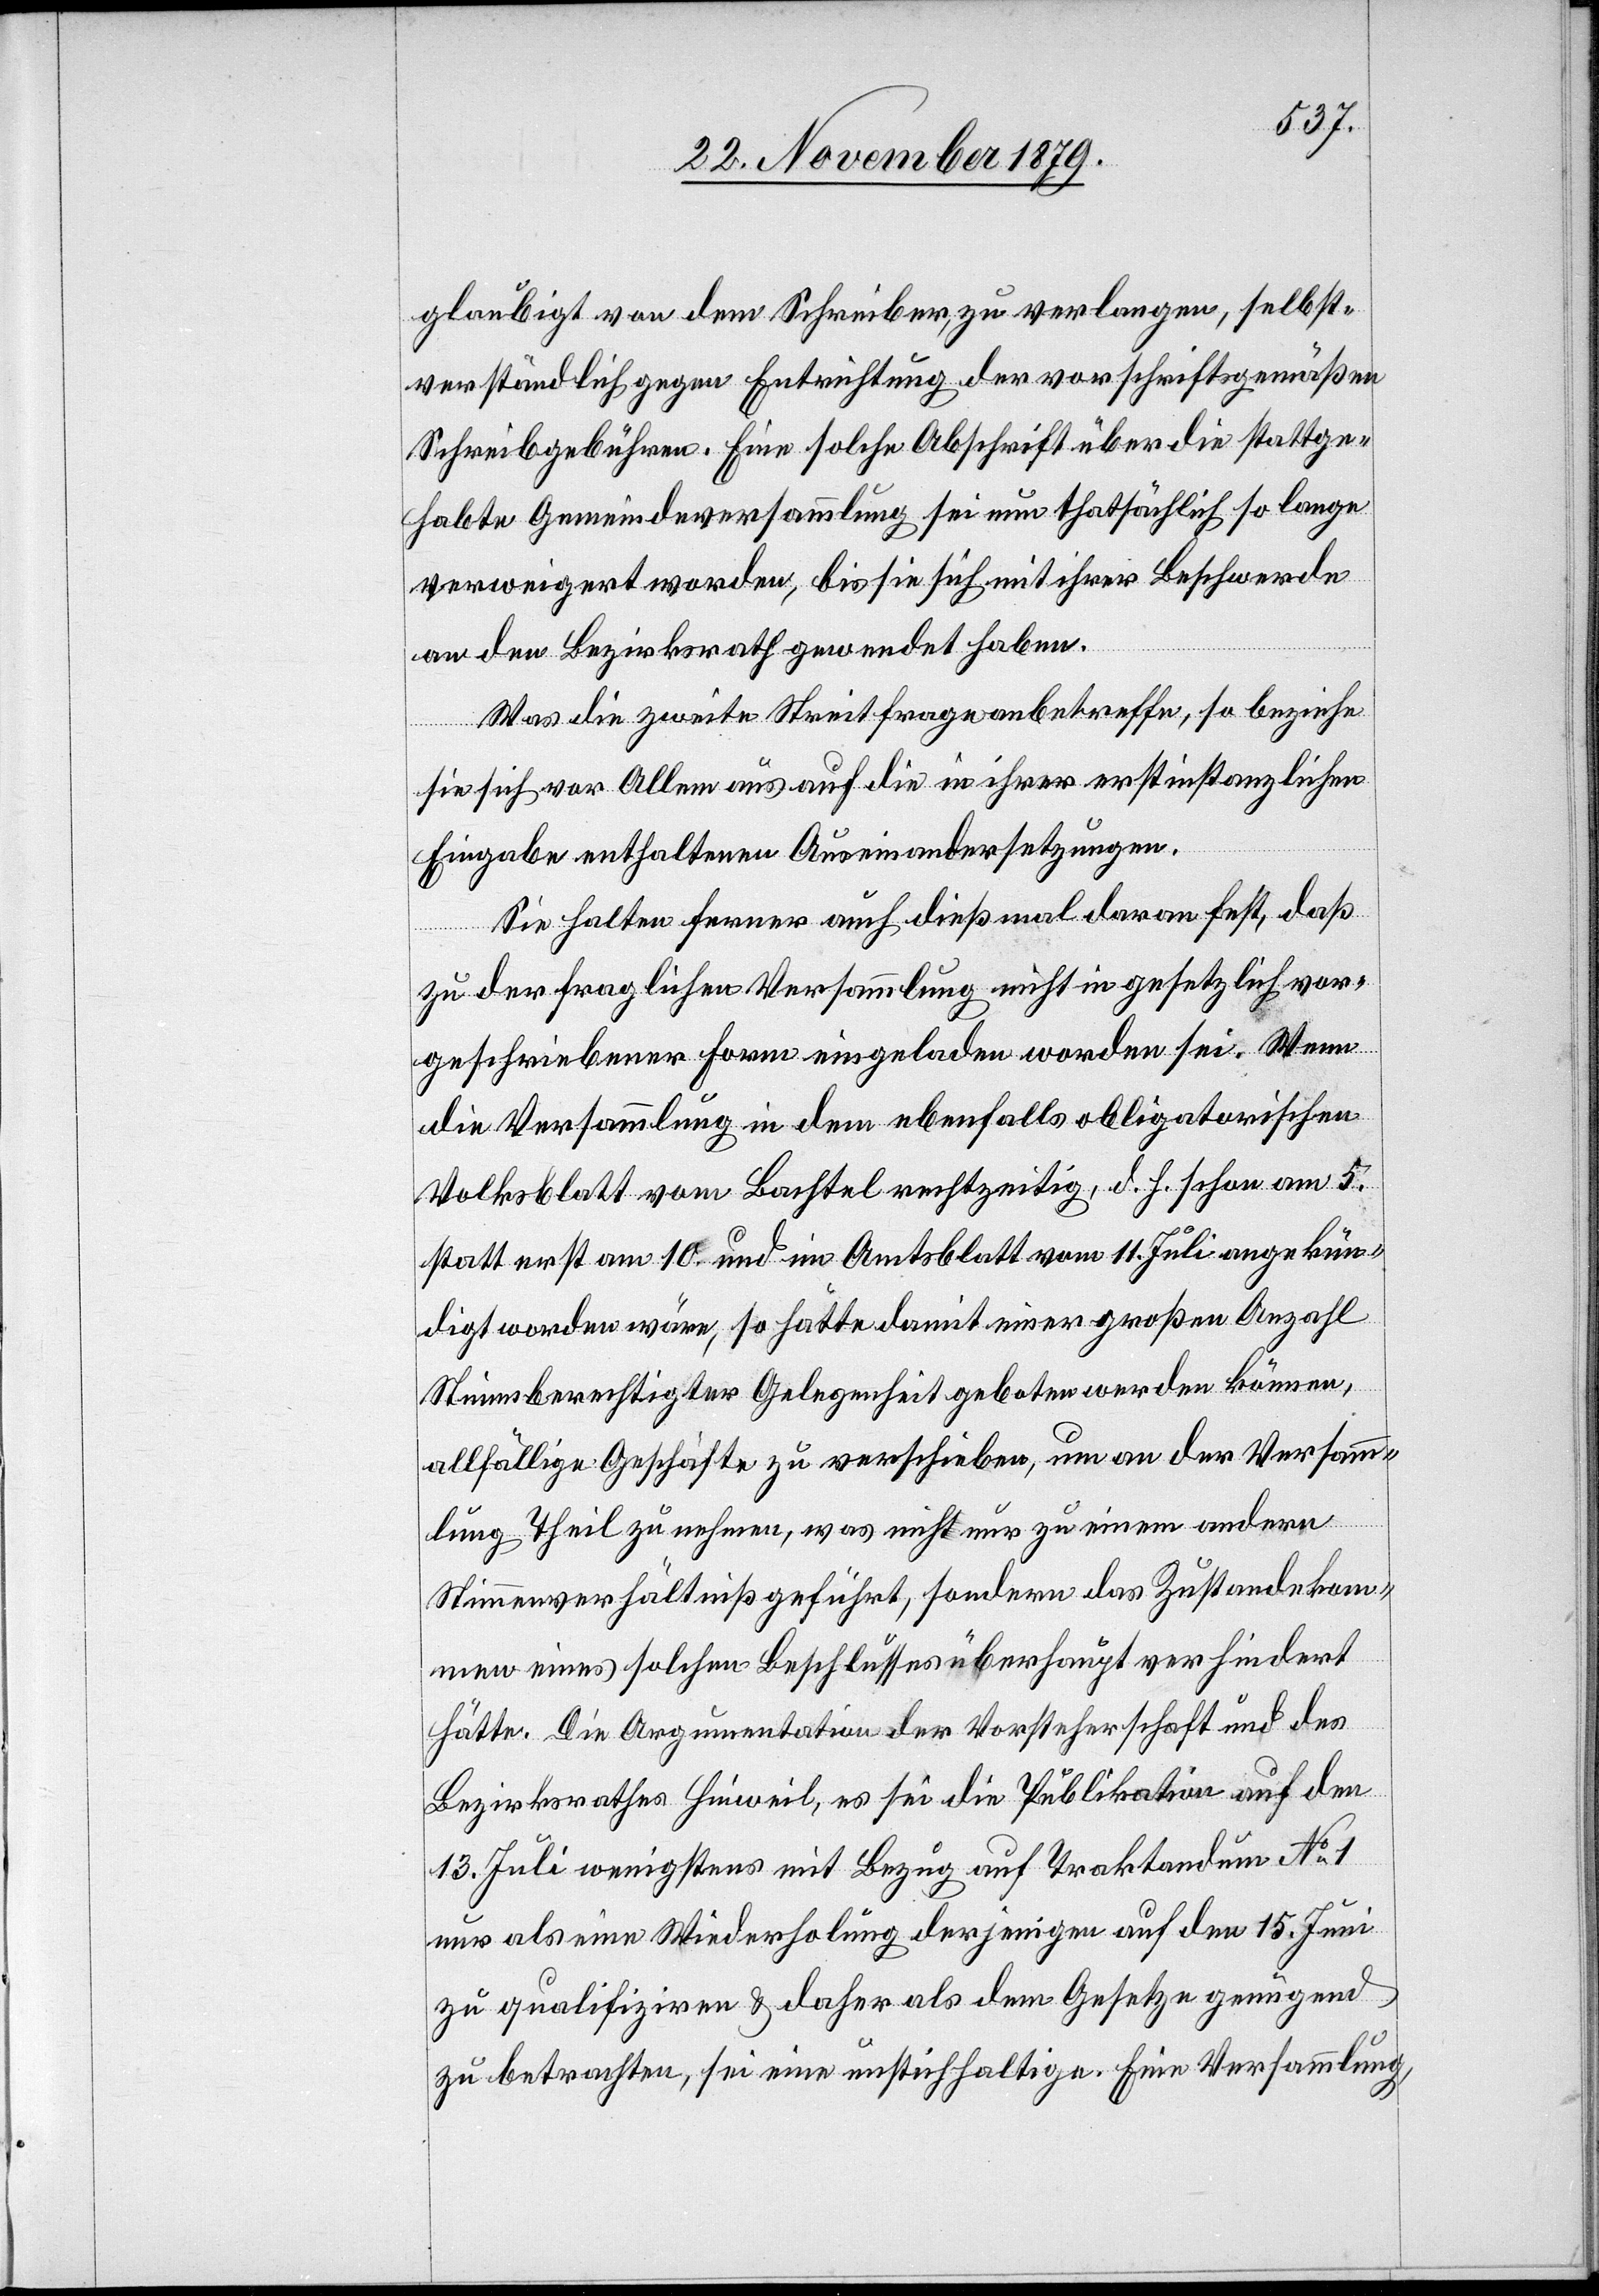
gläubigt von dem Schreiber, zu verlangen, selbst¬
verständlich gegen Entrichtung der vorschriftsgemäßen
Schreibgebühren. Eine solche Abschrift über die stattge¬
habte Gemeindeversammlung sei nun thatsächlich so lange
verweigert worden, bis sie sich mit ihrer Beschwerde
an den Bezirksrath gewendet haben.
Was die zweite Streitfrage anbetreffe, so beziehe
sie sich vor Allem aus auf die in ihrer erstinstanzlichen
Eingabe enthaltenen Auseinandersetzungen.
Sie halten ferner auch dießmal daran fest, daß
zu der fraglichen Versammlung nicht in gesetzlich vor¬
geschriebener Form eingeladen worden sei. Wenn
die Versammlung in dem ebenfalls obligatorischen
Volksblatt vom Bachtel rechtzeitig, d. h. schon am 5.
statt erst am 10. und im Amtsblatt am 11. Juli angekün¬
digt worden wäre, so hätte damit einer großen Anzahl
Stimmberechtigter Gelegenheit geboten werden können,
allfällige Geschäfte zu verschieben, um an der Versamm¬
lung Theil zu nehmen, was nicht nur zu einem andern
Stimmverhältniß geführt, sondern das Zustandekom¬
men eines solchen Beschlusses überhaupt verhindert
hätte. Die Argumentation der Vorsteherschaft und des
Bezirksrathes Hinweil, es sei die Publikation auf den
13. Juli wenigstens mit Bezug auf Traktandum No 1
nur als eine Wiederholung derjenigen auf den 15. Juni
zu qualifiziren & daher als dem Gesetze genügend
zu betrachten, sei eine unstichhaltige. Eine Versammlung